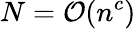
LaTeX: N=\mathcal{O}(n^{c})